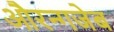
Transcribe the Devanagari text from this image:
औरन्गजेब